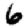
Digit: 6